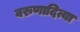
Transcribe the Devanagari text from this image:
वरुणादित्या